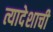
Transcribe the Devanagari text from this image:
त्यादेशाची